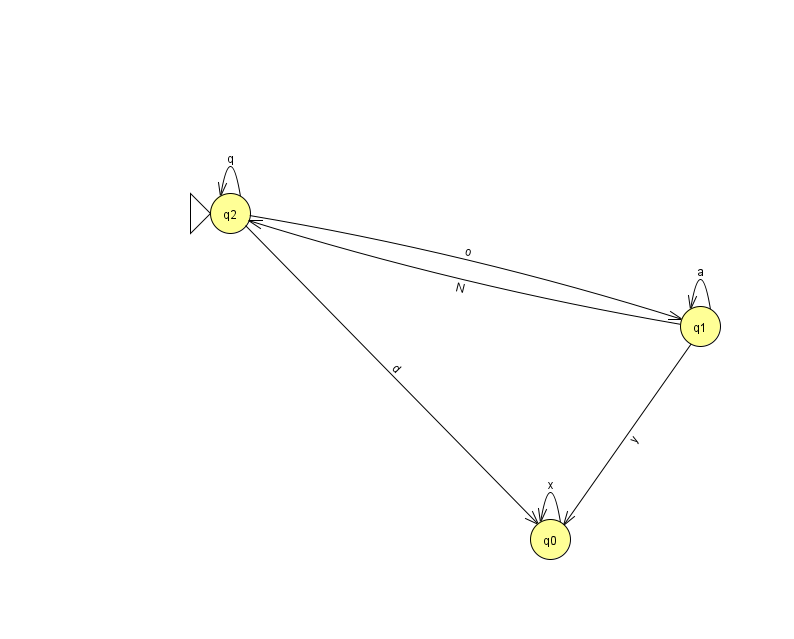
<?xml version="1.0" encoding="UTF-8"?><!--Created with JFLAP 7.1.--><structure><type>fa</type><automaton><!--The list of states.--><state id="0" name="q0"><x>550.0</x><y>526.0</y></state><state id="1" name="q1"><x>700.0</x><y>313.0</y></state><state id="2" name="q2"><x>230.0</x><y>200.0</y><initial/></state><state id="3" name="q3"><x>850.0</x><y>50.0</y><final/></state><!--The list of transitions.--><transition><from>2</from><to>0</to><read>d</read></transition><transition><from>1</from><to>0</to><read>y</read></transition><transition><from>1</from><to>1</to><read>a</read></transition><transition><from>2</from><to>2</to><read>q</read></transition><transition><from>3</from><to>3</to><read>Q</read></transition><transition><from>1</from><to>2</to><read>N</read></transition><transition><from>2</from><to>1</to><read>o</read></transition><transition><from>0</from><to>0</to><read>x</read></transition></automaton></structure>